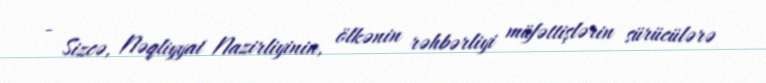
- Sizcə, Nəqliyyat Nazirliyinin, ölkənin rəhbərliyi müfəttişlərin sürücülərə